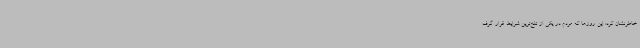
خاطرنشان کرد: این روزها که مردم در یکی از تلخ‌ترین شرایط قرار گرف